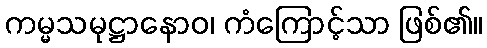
ကမ္မသမုဋ္ဌာနောဝ၊ ကံကြောင့်သာ ဖြစ်၏။